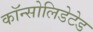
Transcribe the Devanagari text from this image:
कॉन्सोलिडेटेड